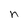
Character: n